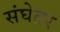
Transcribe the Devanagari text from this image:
संघेतर